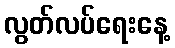
လွတ်လပ်ရေးနေ့